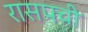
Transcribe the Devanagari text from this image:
रासपची